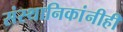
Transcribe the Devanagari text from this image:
संस्थानिकांनीही